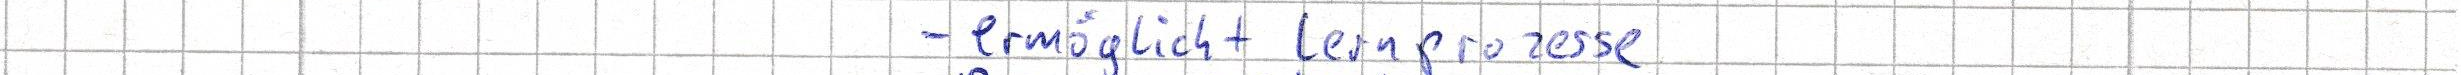
- ermöglicht Lernprozesse